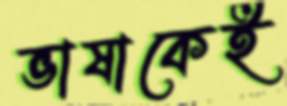
ভাষাকেই